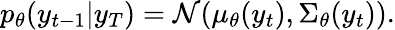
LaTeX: p_{\theta}(y_{t-1}|y_{T})=\mathcal{N}(\mu_{\theta}(y_{t}),\Sigma_{\theta}(y_{t})).